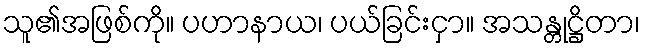
သူ၏အဖြစ်ကို။ ပဟာနာယ၊ ပယ်ခြင်းငှာ။ အသန္တုဋ္ဌိတာ၊